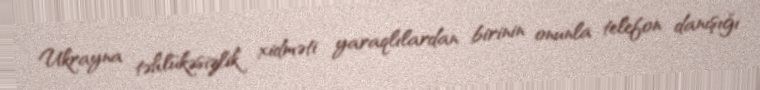
Ukrayna təhlükəsizlik xidməti yaraqlılardan birinin onunla telefon danışığı